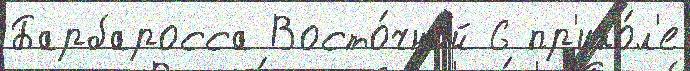
Барбаросса Восто́чной 6 пр'ико́л'е